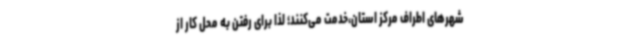
شهرهای اطراف مرکز استان،خدمت می‌کنند؛ لذا برای رفتن به محل کار از